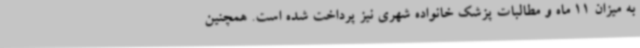
به میزان 11 ماه و مطالبات پزشک خانواده شهری نیز پرداخت شده است. همچنین